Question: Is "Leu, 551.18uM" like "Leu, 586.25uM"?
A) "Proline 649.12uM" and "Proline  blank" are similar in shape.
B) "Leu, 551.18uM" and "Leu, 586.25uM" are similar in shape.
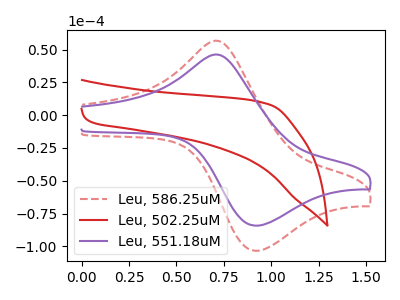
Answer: <think>The red dashed curve "Leu, 586.25uM" has an anodic peak at (0.75V, 56.30uA) and a cathodic peak at (0.90V, -103.40uA). The red curve "Leu, 502.25uM" has no peaks. The purple curve "Leu, 551.18uM" has an anodic peak at (0.75V, 45.85uA) and a cathodic peak at (0.90V, -84.25uA).
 All the peaks in "Leu, 551.18uM" have a peak in "Leu, 586.25uM" at the same potential. Every peak in "Leu, 551.18uM" is lower than every peak in "Leu, 586.25uM".</think>
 <answer>B) "Leu, 551.18uM" and "Leu, 586.25uM" are similar in shape.</answer>
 <eval>B</eval>